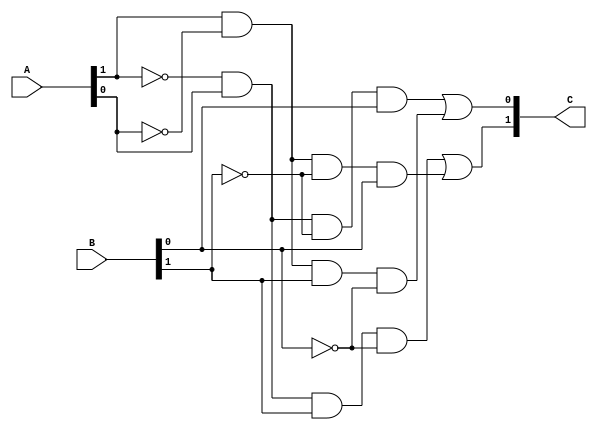
`define M     593         // M is the degree of the irreducible polynomial
`define WIDTH (2*`M-1)    // width for a GF(3^M) element
`define WIDTH_D0 1187
`define M     593         // M is the degree of the irreducible polynomial
`define WIDTH (2*`M-1)    // width for a GF(3^M) element
`define WIDTH_D0 1187
`define M     593         // M is the degree of the irreducible polynomial
`define WIDTH (2*`M-1)    // width for a GF(3^M) element
`define WIDTH_D0 1187
`define M     593         // M is the degree of the irreducible polynomial
`define WIDTH (2*`M-1)    // width for a GF(3^M) element
`define WIDTH_D0 1187
`define M     593         // M is the degree of the irreducible polynomial
`define WIDTH (2*`M-1)    // width for a GF(3^M) element
`define WIDTH_D0 1187

module f3_mult(A, B, C); 
    input [1:0] A;
    input [1:0] B; 
    output [1:0] C;
    wire a0, a1, b0, b1;
    assign {a1, a0} = A;
    assign {b1, b0} = B;
    assign C[0] = (~a1 & a0 & ~b1 & b0) | (a1 & ~a0 & b1 & ~b0);
    assign C[1] = (~a1 & a0 & b1 & ~b0) | (a1 & ~a0 & ~b1 & b0);
endmodule